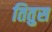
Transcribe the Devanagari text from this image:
तितुस